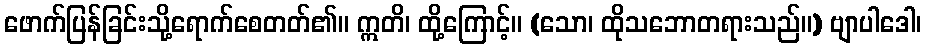
ဖောက်ပြန်ခြင်းသို့ရောက်စေတတ်၏။ ဣတိ၊ ထို့ကြောင့်။ (သော၊ ထိုသဘောတရားသည်။) ဗျာပါဒေါ၊